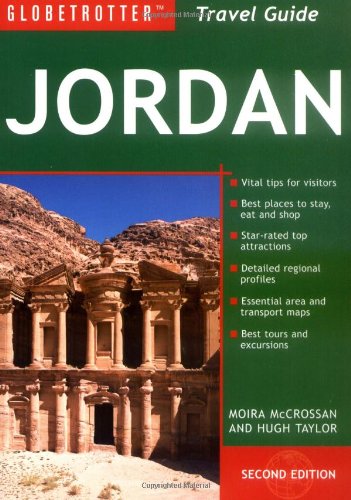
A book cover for Jordan Travel Pack (Globetrotter Travel Packs); Moira McCrossan; Travel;